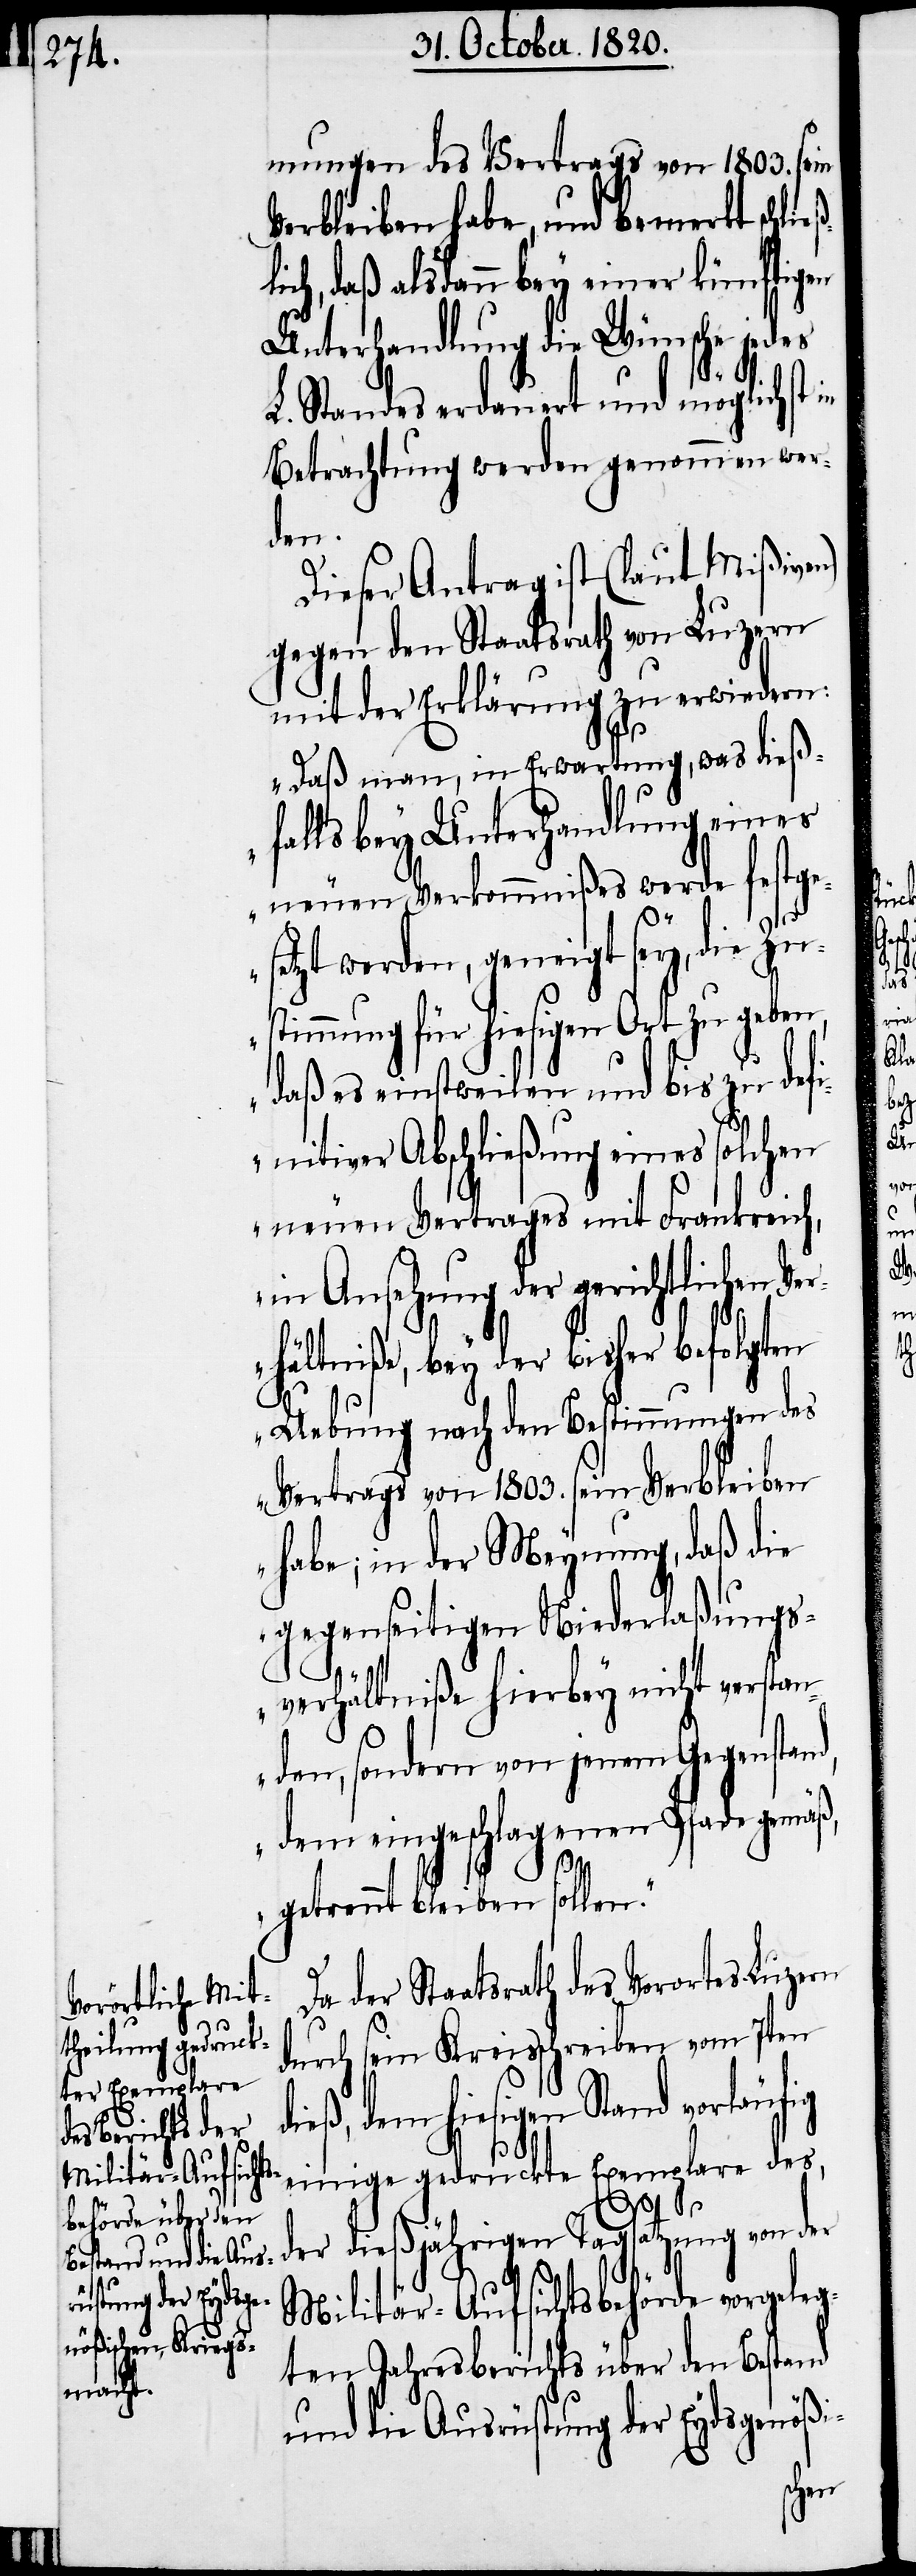
mungen des Vertrags von 1803. sein
Verbleiben habe, und bemerkt schlie¬
ch, daß alsdann bey einer künftigen
Unterhandlung die Wünsche jedes
n“.
L. Standes erdauert und möglichst in
Betrachtung werden genommen wer¬
der
Dieser Antrag ist (laut Mißiven)
gegen den Staatsrath von Luzern
mit der Erklärung zu erwiedern:
„Daß man, in Erwartung, was dieß¬
falls bey Unterhandlung eines
neuen Verkommnißes werde festges¬
etzt werden, geneigt sey, die Zu¬
stimmung für hiesigen Ort zu geben,
daß es einstweilen und bis zu defi¬
nitiver Abschließung eines solchen
neuen Vertrages mit Frankreich,
in Ansehung der gerichtlichen Ver¬
hältniße, bey der bisher befolgten
Uebung nach den Bestimmungen des
Vertrags von 1803. sein Verbleiben
habe; in der Meynung, daß die
gegenseitigen Niederlaßungs¬
verhältniße hierbey nicht versta¬
nden, sondern von jenem Gegenstan¬
d, dem eingeschlagenen Pfade gemäß
getrennt bleiben solle¬
der Staatsrath des Vororts Luzern
durch sein Kreisschreiben vom 7ten
dieß, dem hiesigen Stand vorläufig
einige gedruckte Exemplare des,
Militär-Aufsichtsbehörde vorgele¬
gten Jahresberichts über den Bestand
und die Ausrüstung der Eydsgenößi-